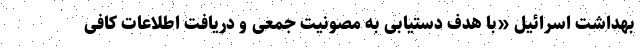
بهداشت اسرائیل «با هدف دستیابی به مصونیت جمعی و دریافت اطلاعات کافی